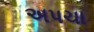
અપચા